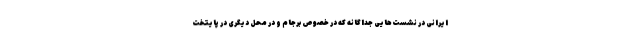
ایرانی در نشست‌هایی جداگانه که در خصوص برجام و در محل دیگری در پایتخت